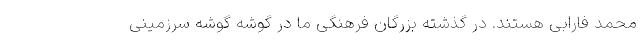
محمد فارابی هستند. در گذشته بزرگان فرهنگی ما در گوشه گوشه سرزمینی